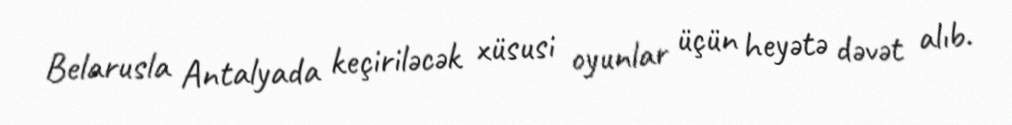
Belarusla Antalyada keçiriləcək xüsusi oyunlar üçün heyətə dəvət alıb.